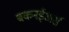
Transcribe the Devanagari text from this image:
बकनईअर्स